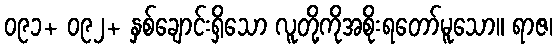
၀၉၁+ ၀၉၂+ နှစ်ချောင်းရှိသော လူတို့ကိုအစိုးရတော်မူသော။ ရာဇ၊